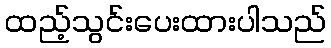
ထည့်သွင်းပေးထားပါသည်